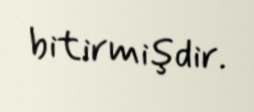
bitirmişdir.